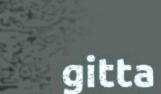
gitta